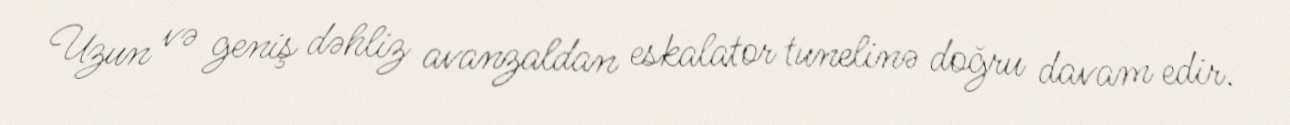
Uzun və geniş dəhliz avanzaldan eskalator tunelinə doğru davam edir.